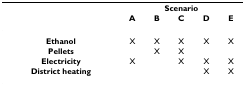
<table><thead><tr><td></td><td colspan="5"><b>Scenario</b></td></tr><tr><td></td><td><b>A</b></td><td><b>B</b></td><td><b>C</b></td><td><b>D</b></td><td><b>E</b></td></tr></thead><tbody><tr><td><b>Ethanol</b></td><td>X</td><td>X</td><td>X</td><td>X</td><td>X</td></tr><tr><td><b>Pellets</b></td><td></td><td>X</td><td>X</td><td></td><td></td></tr><tr><td><b>Electricity</b></td><td>X</td><td></td><td>X</td><td>X</td><td>X</td></tr><tr><td><b>District heating</b></td><td></td><td></td><td></td><td>X</td><td>X</td></tr></tbody></table>